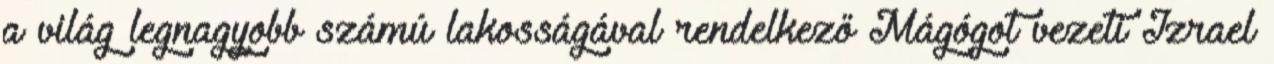
a világ legnagyobb számú lakosságával rendelkező Mágógot vezeti Izrael